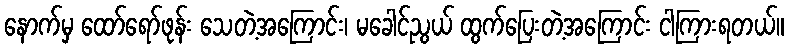
နောက်မှ ထော်ရော်ဖုန်း သေတဲ့အကြောင်း၊ မခေါင်ညွယ် ထွက်ပြေးတဲ့အကြောင်း ငါကြားရတယ်။